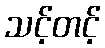
သင့်တင့်